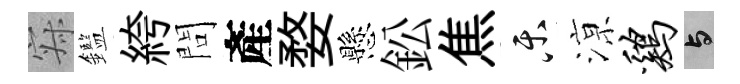
寂鑑絝問產婺懸鈆焦乐鿌鸡与